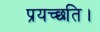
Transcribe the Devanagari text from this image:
प्रयच्छति।